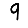
Digit: 9